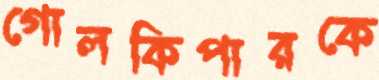
গোলকিপারকে